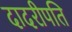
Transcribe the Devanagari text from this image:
दादरीपति